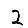
Digit: 2